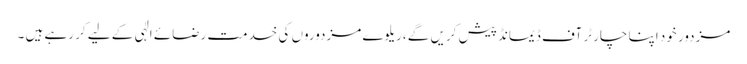
مزدور خود اپنا چارٹر آف ڈیمانڈ پیش کریں گے ،ریلوے مزدوروں کی خدمت رضائے الٰہی کے لیے کر رہے ہیں ۔